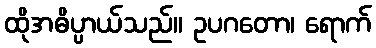
ထိုအဓိပ္ပာယ်သည်။ ဥပဂတော၊ ရောက်